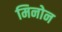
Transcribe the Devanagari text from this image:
मिनोन